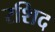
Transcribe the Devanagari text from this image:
रशिद